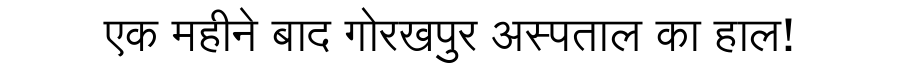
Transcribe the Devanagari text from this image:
एक महीने बाद गोरखपुर अस्पताल का हाल!